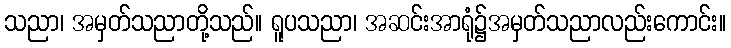
သညာ၊ အမှတ်သညာတို့သည်။ ရူပသညာ၊ အဆင်းအာရုံ၌အမှတ်သညာလည်းကောင်း။